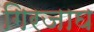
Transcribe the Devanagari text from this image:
गिरजाघ